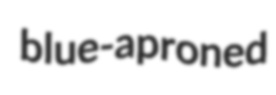
blue-aproned